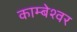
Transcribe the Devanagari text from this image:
काम्बेश्वर